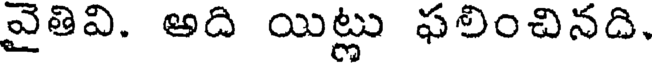
వైతివి. అది యిట్లు ఫలించినది.